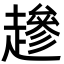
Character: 䟃